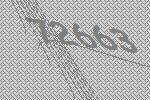
72663